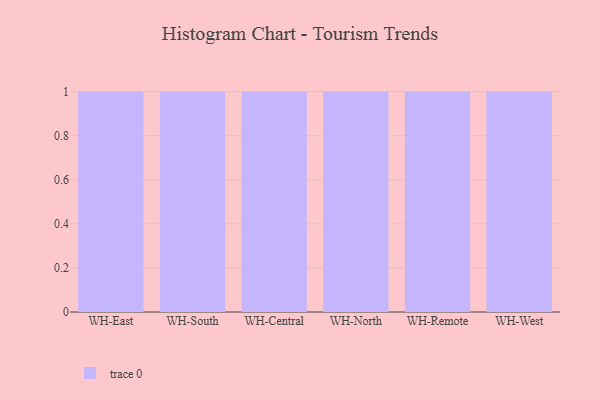
{"axis": {"x": "Warehouse", "y": "Satisfaction Score"}, "legend": [""], "data": [{"x": "WH-East", "y": 88, "type": ""}, {"x": "WH-South", "y": 18, "type": ""}, {"x": "WH-Central", "y": 88, "type": ""}, {"x": "WH-North", "y": 22, "type": ""}, {"x": "WH-Remote", "y": 77, "type": ""}, {"x": "WH-West", "y": 34, "type": ""}]}